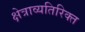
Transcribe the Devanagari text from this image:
क्षेत्राव्यतिरिक्त